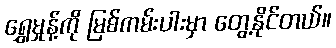
ရွှေမှုန့်ကို မြစ်ကမ်းပါးမှာ တွေ့နိုင်တယ်။